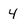
Character: 4